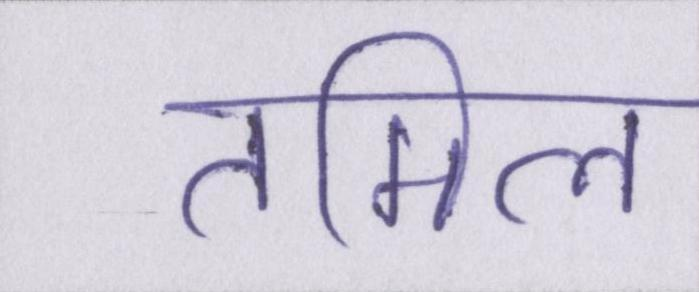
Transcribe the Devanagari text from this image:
तमिल